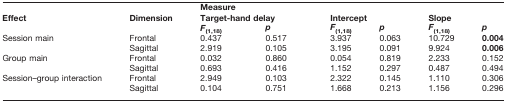
<table><thead><tr><td></td><td></td><td colspan="6"><b>Measure</b></td></tr><tr><td><b>Effect</b></td><td><b>Dimension</b></td><td colspan="2"><b>Target-hand delay</b></td><td colspan="2"><b>Intercept</b></td><td colspan="2"><b>Slope</b></td></tr><tr><td></td><td></td><td><b><i>F</i><sub>(1,18)</sub></b></td><td><b><i>p</i></b></td><td><b><i>F</i><sub>(1,18)</sub></b></td><td><b><i>p</i></b></td><td><b><i>F</i><sub>(1,18)</sub></b></td><td><b><i>p</i></b></td></tr></thead><tbody><tr><td rowspan="2">Session main</td><td>Frontal</td><td>0.437</td><td>0.517</td><td>3.937</td><td>0.063</td><td>10.729</td><td><b>0.004</b></td></tr><tr><td>Sagittal</td><td>2.919</td><td>0.105</td><td>3.195</td><td>0.091</td><td>9.924</td><td><b>0.006</b></td></tr><tr><td rowspan="2">Group main</td><td>Frontal</td><td>0.032</td><td>0.860</td><td>0.054</td><td>0.819</td><td>2.233</td><td>0.152</td></tr><tr><td>Sagittal</td><td>0.693</td><td>0.416</td><td>1.152</td><td>0.297</td><td>0.487</td><td>0.494</td></tr><tr><td rowspan="2">Session–group interaction</td><td>Frontal</td><td>2.949</td><td>0.103</td><td>2.322</td><td>0.145</td><td>1.110</td><td>0.306</td></tr><tr><td>Sagittal</td><td>0.104</td><td>0.751</td><td>1.668</td><td>0.213</td><td>1.156</td><td>0.296</td></tr></tbody></table>